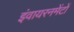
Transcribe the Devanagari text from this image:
इंवायरनमेंटों